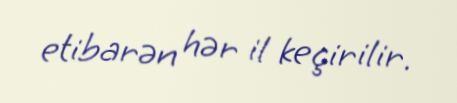
etibarən hər il keçirilir.